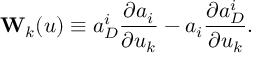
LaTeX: { \bf W } _ { k } ( u ) \equiv a _ { D } ^ { i } \frac { \partial a _ { i } } { \partial u _ { k } } - a _ { i } \frac { \partial a _ { D } ^ { i } } { \partial u _ { k } } .